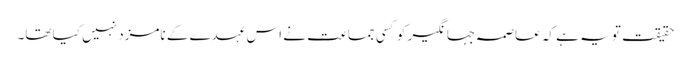
حقیقت تو یہ ہے کہ عاصمہ جہانگیر کو کسی جماعت نے اس عہدے کے نامزد نہیں کیا تھا۔